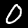
Label: 0